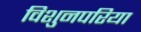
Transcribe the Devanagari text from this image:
विशुनपरिया